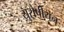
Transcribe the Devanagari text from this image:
य़ुरोपीयन